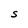
Character: S